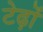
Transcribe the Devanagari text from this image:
टेढ़ों